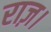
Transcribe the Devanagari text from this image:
राज़।